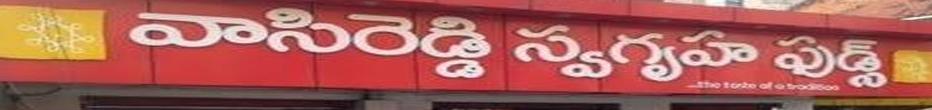
Language: telugu
Transcription: వాసిరెడ్డి స్వగృహ ఫుడ్స్